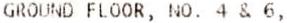
GROUND FLOOR, NO. 4 & 6,